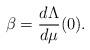
LaTeX: \begin{align*}\beta = \frac{d \Lambda}{d \mu}(0).\end{align*}